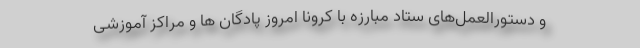
و دستورالعمل‌های ستاد مبارزه با کرونا امروز پادگان ها و مراکز آموزشی